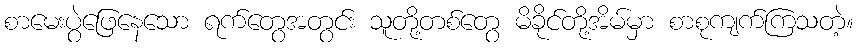
စာမေးပွဲဖြေနေသော ရက်တွေအတွင်း သူတို့တစ်တွေ မိခိုင်တို့အိမ်မှာ စာစုကျက်ကြသတဲ့။